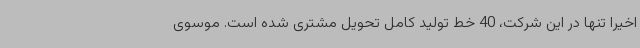
اخیراً تنها در این شرکت، 40 خط تولید کامل تحویل مشتری شده است. موسوی